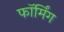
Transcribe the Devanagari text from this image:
फॉर्मिंग